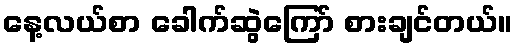
နေ့လယ်စာ ခေါက်ဆွဲကြော် စားချင်တယ်။